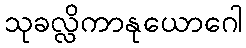
သုခလ္လိကာနုယောဂေါ